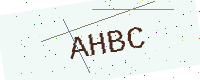
Text: AHBC